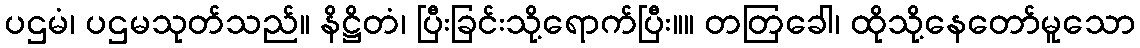
ပဌမံ၊ ပဌမသုတ်သည်။ နိဋ္ဌိတံ၊ ပြီးခြင်းသို့ရောက်ပြီး။။ တတြခေါ၊ ထိုသို့နေတော်မူသော